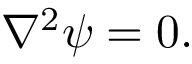
\nabla ^ { 2 } \psi = 0 .